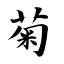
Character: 菊